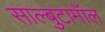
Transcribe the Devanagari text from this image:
साल्बुटामॉल